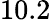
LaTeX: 10.2